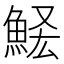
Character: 𩷃